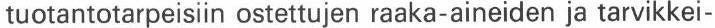
tuotantotarpeisiin ostettujen raaka-aineiden ja tarvikkei-